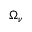
\Omega _ { \nu }